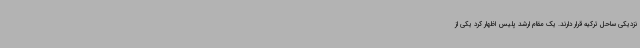
نزدیکی ساحل ترکیه قرار دارند. یک مقام ارشد پلیس اظهار کرد یکی از